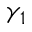
\gamma _ { 1 }